Vital statistics of India. Vol. V, Reports of 1876 on armies & jails and on epidemic cholera
Year: 1876
Disease focus: Cholera
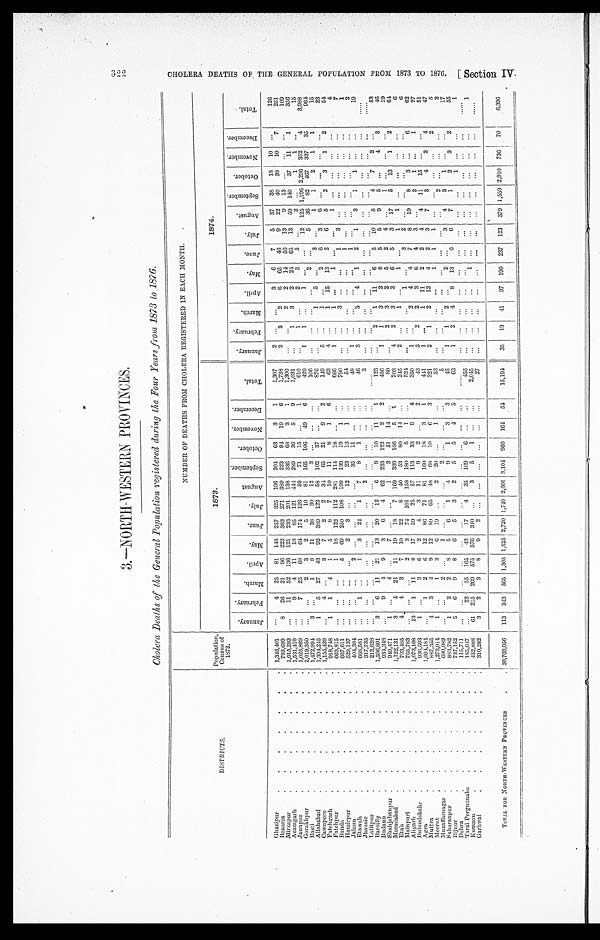
3.—NORTH-WESTERN PROVINCES.
Cholera Deaths of the General Population registered during the Four Years from 1873 to 1876.
DISTRICTS.
Population, Census of
1872.
NUMBER OF DEATHS FROM CHOLERA REGISTERED IN EACH MONTH.
1 8 7 3
1874.
J a n u a r y .
F e b r u a r y . M a r c h . April. M a y .
J u n e . J u l y .
A u g u s t .
S e p t e m b e r .
O c t o b e r . N o v e m b e r .
D e c e m b e r .
T o t a l .
J a n u a r y .
F e b r u a r y . M a r c h
A p r i l . M a y . J u n e . J u l y .
A u g u s t .
S e p t e m b e r . O c t o b e r .
N o v e m b e r . D e c e m b e r .
T o t a l .
Ghazipur
1,345,401
4 25 81 148 257 3 2 5 196 204 63 3 1 1,307
2
3 6 7 5 37 38 18 10
1 2 6
B e n a r e s
793,699 8 26 21 96 222 363 271 389 223 94 19 6 1, 738
3 3 2 6 65
4 6 9
2 2 4 0 3 8 1 0
7
2 5 1
•Mirzapur 1,015,293
11 52 136 121 233 201 138 336 68 3 1
1,300
2 2 14 5 6 13 9 1 3
1 0 9
Azamgarh
1,531,410
9 4 11 18 85 121
4 4 4 289 36 5 9 1,031
1 3 2 24
6 5 1 3 5 9
1 4 0 3 7 1 1 1
3 5 6
J a u n p u r 1,025,869
7 25 68 64 174 126 59 71 15
1
610
1
2 3
5
2
1 1
1 5
G o r a k h p u r 2,019,350
2 3 2 5 10 81 165 106 4 9 6
429
1 1
1
1 2
1 2 5 1 , 1 9 6 2 , 2 9 6 3 5 2
4
3 , 9 8 8
Basti
1,472,994 3
1 8 11 38 30 12 3
1 0 6
2
5 3 6 8 2 4 6 7 3 3 7
3 5
9 6 4
A l l a h a b a d 1,394,245 1 5 27 43 92 389 122 58 102 37
876
1 5
3
1
1 2 1
1
1 5
C a w n p o r e
1,155,439
4
3 7 2 2 34 65 21 9 2
149
5
1
2
6 3
6
2 3
Fatehgarh
918,748 1 1 4 1 5 8 7 10 11 8 1 6
63
4
1 15
1 3 2 6 5 2
3 1
2
5 4
Fatehpur
663, 815
1 18 122 112 281 114 18
6 6 6
1
1
1
1
4
Banda
697,611
5 69 250 108 199 139 19 1
790
3
1
3
7
Hamirpur
529,137
2 3
12 23 13 1
5 4
1
1
Jalaun
404,384
2
3 5 1 1
48
1
1
2
Etawah
668,581
1
1 3 24 1 7 8 1
46
3
3 4 1 2 1 3 1 1
1 9
Jhansie
317,735
2
2
L a l i t p u r
212,628
Bareilly
1,506,801 3 6 11 21 13 20 12 6 9 10 11 1
123
2 1 1 1 6 5 1 0 5 4 7 2
5 3
Budaun
934, 348
9 4 9 3 6 4 62 233 122 2 2
456
1 1 3 2 8
5 5
9 5
4
3
4 6
Shahjahanpur
949,471 1
4
7
1 2 51 14
80
2 3 2 5
2 4
1
1 9
Moradabad
1,122,131 3 4 21 11 19 18 7 169 339 106 5 1
703
4 2 3 3 6
5 3 1 7
5 1 3 1
2
6 4
Etah
703,485 4 4 3 7 10 22 8 40 53 80 14
2 4 5
2
1
1
1 1
6
Mainpuri
765,783
2 3 74 101 158 180 5 1
5 2 4
1
3 2
6
Aligarh
1,073,108 13 1 11 8 17 59 25 57 113 33 9 4
350
1
2 4 4
7 8 1 9
8 3
6
6 2
Bulandshahr
936,593 1
3 6 2 4 3 11 9 2
2
4 3
2
2 2 3 6
4 3
3 1
1
2 7
Agra
1,094,184
1 2 6 12 86 71 81 160 18 3
1
4 4 1
1
1 1 1 2
2 4
4 1 1 1 5
5 1
Muttra
887,355 4 3 4 9 12 89 65 48 68 10 6 3
3 2 1
2 1 2 1 2 4 2 3 7 3 4 3 4
4 7
Meerut
1,273,914 1
1 3 6 19
2 20
1
53
1 1 1
2
5
Muzaffarnagar
690, 082
2
1
2
5
2
2
S a h a r a n p u r
883,782 1 2 2 8 5 6
1 4 9 1 3
3
45
1
1 2
2
3
4 3 1
1 7
Bijnor
737,152 5 6 9 8 6 5 3 2 5 5 4 5
63
1 2 4 8
1 3 6 6 7 1 2 3
2
5 5
Dehra
115, 711
1
1
Tarai Pergunnahs
185,647
22 55 165 42 17 4 35 109 6
455
Kumaon
432,888
6 1 215 269 575 576 340
3 5 1
2, 045
1
1
Garhwal
310,282 3 2 3 8 9 2
27
TOTAL FOR NORTH-WESTERN PROVINCES 30,769,056 113 343 565 1,305 1,525 2,720 1,740 2,601 3,104 960 164 54 15, 194
35 19 4 1 97 190 237 123 379 1,559 2,910 736 7 0 6,396
C H O L E R A D E A T H S O F T H E G E N E R A L P O P U L A T I O N F R O M 1 8 7 3 T O 1 8 7 6 . [ S e c t i o n I V .